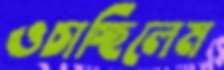
ওচাচ্ছিলেম